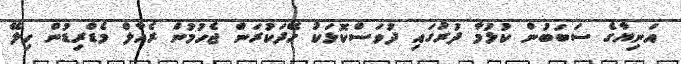
އަނިޔާގެ ސަބަބުން ކުޅުމާ ދުރުގައި ދުވަސްކޮޅަކު ހޭދަކުރަން ޖެހުމުން ރެއާލް މެޑްރިޑުން ހިލޭ